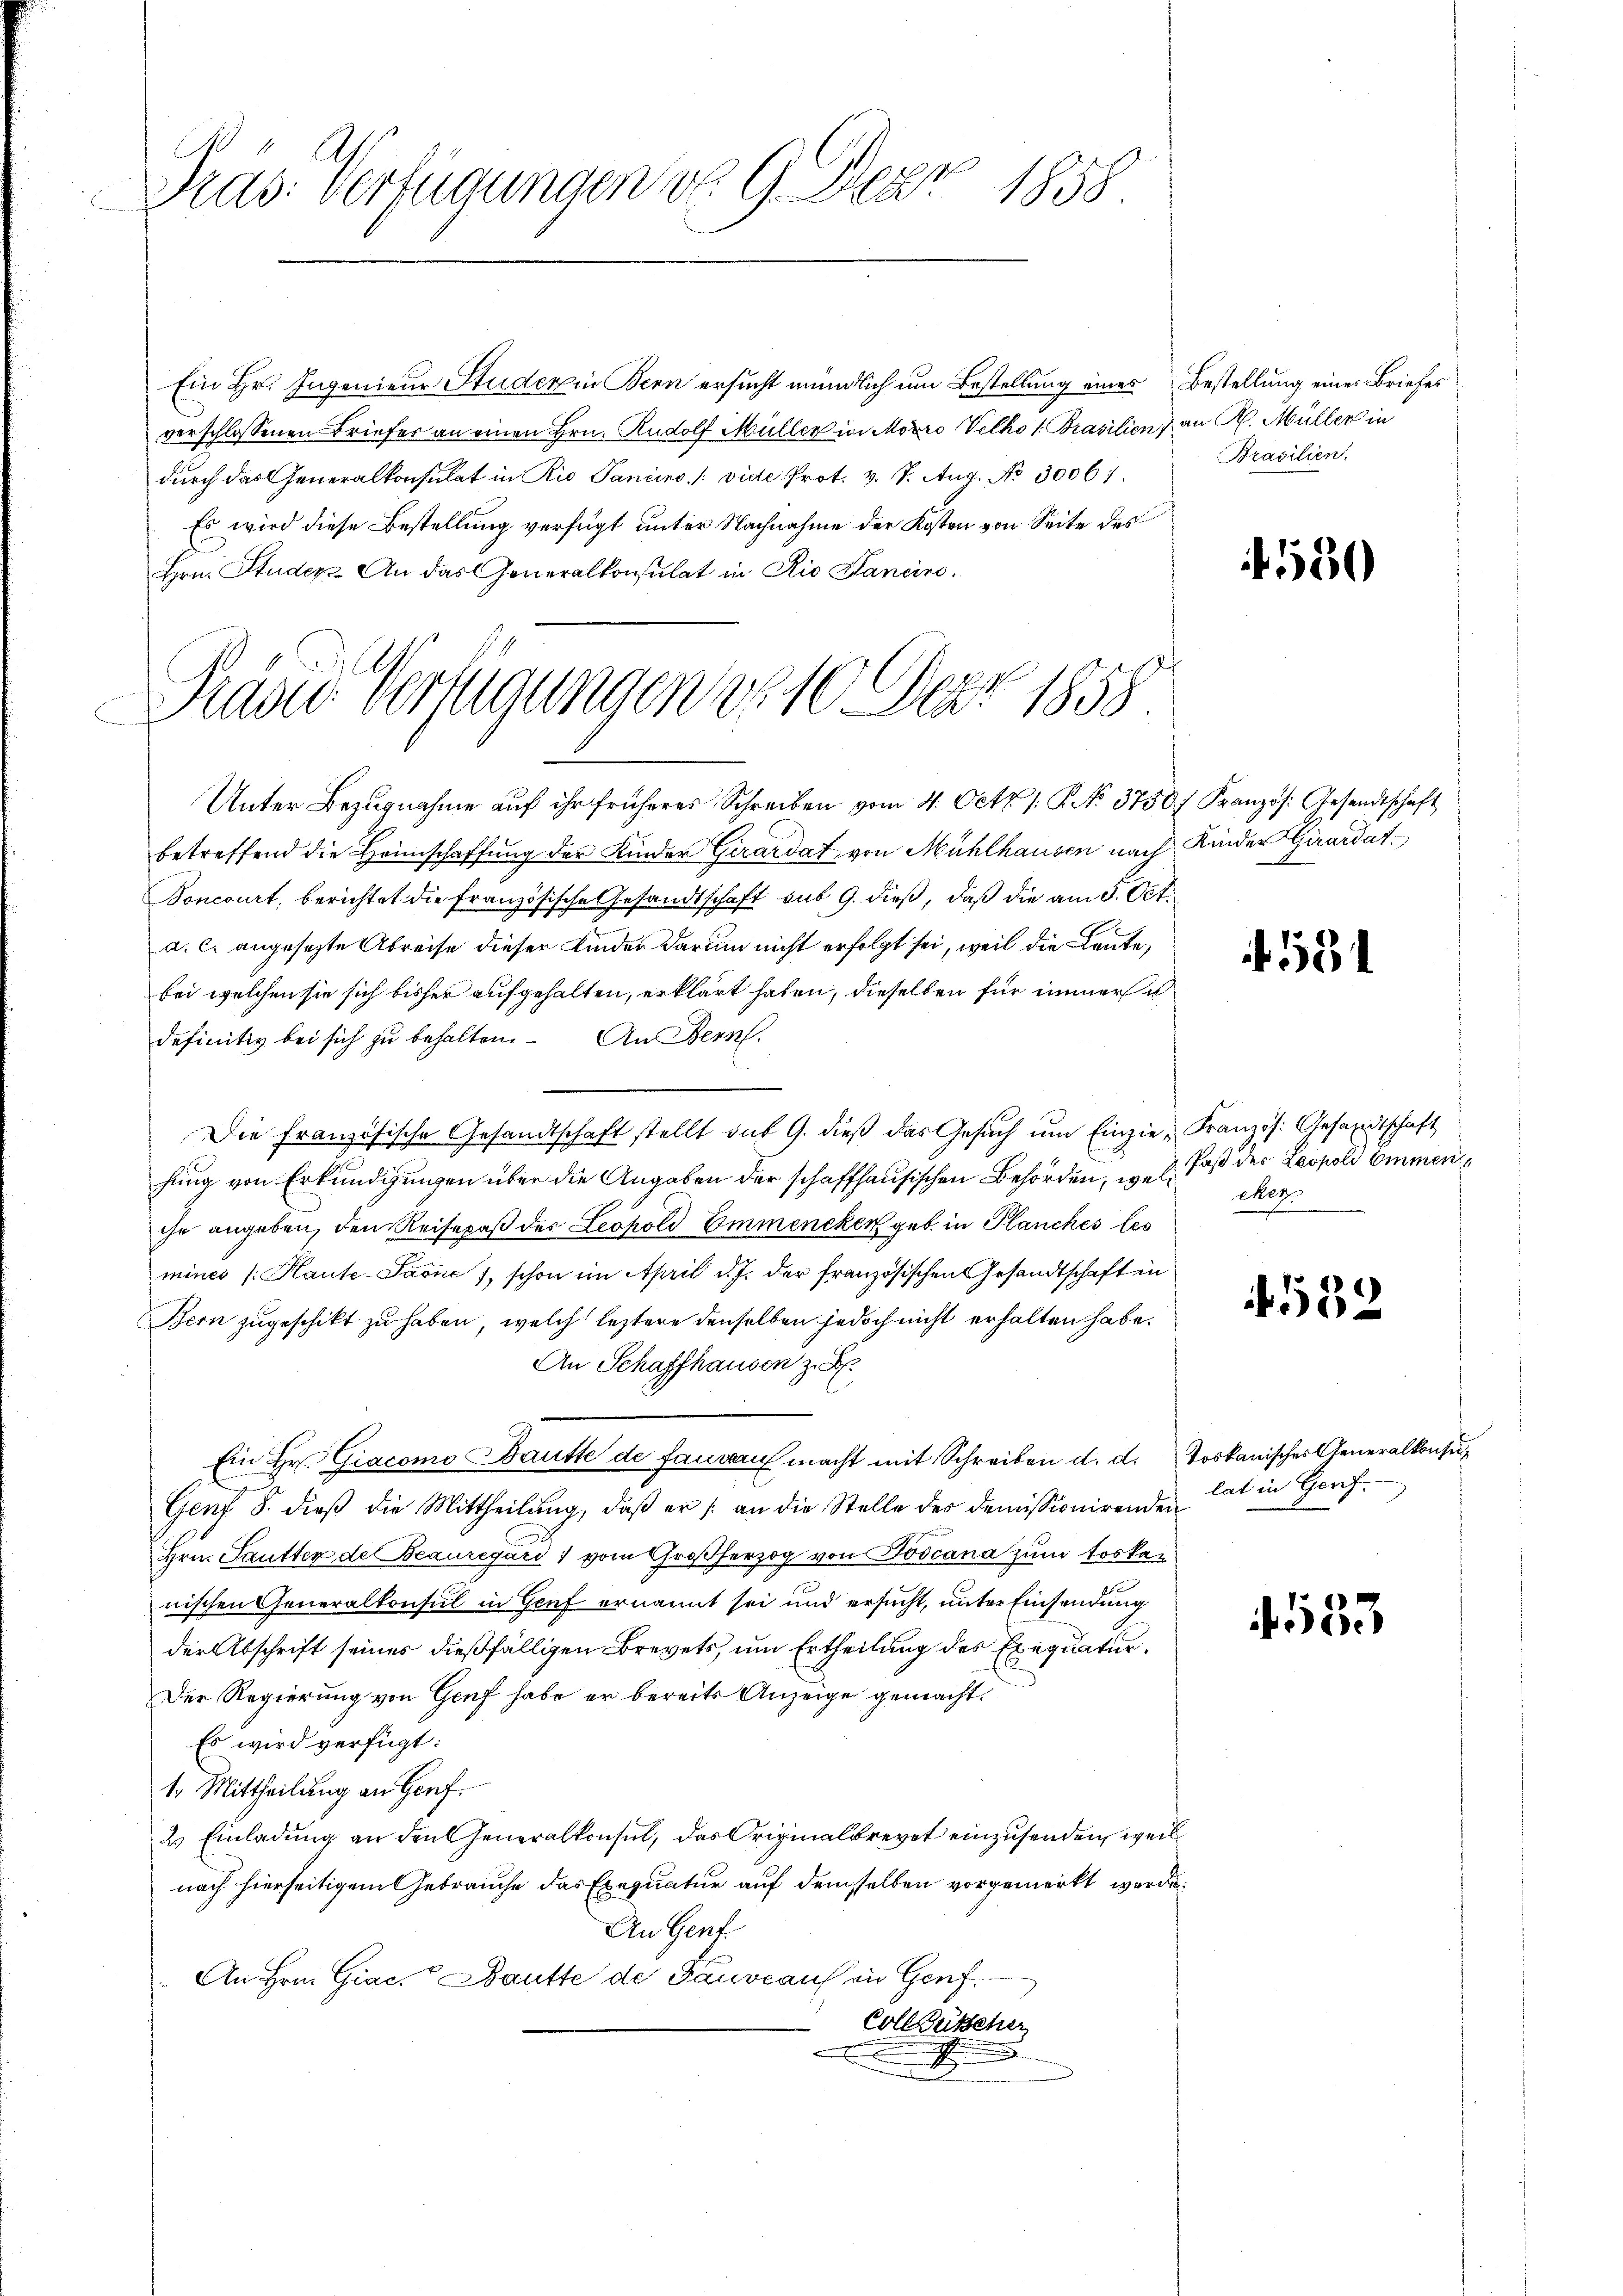
Tras: Verfügungen No. 9. Der 1858.

Präsid Verfügungen d. 10. Der 1858
e

Ein Hr. Ingenieur Studer in Bern ersucht mündlich um Bestellung eines Bestellung einer Briefes
verschlossenen Briefes an einen Hrn. Rudolf Müller in Mooro Velko 1 Brasilien an R. Müller in
durch das Generalkonsulat in Rio Sancino. /: vide Prot. v. 7. Aug. No 30061.
Es wird diese Bestellung verfügt unter Nachnahme der Kosten von Seite des
Hrn. Studer. An das Generalkonsulat in Rio Hanciro¬

Brasilien.

Unter Bezŭgnahme aŭf ihr früheres Schreiben vom 4. Octb. 1. P. No. 3750 f. Französ. Gesandtschaft
betreffend die Heimschaffung der Kinder Girardat von Mühlhausen nach Kinder Girardat
Voncourt, berichtet die französische Gesandtschaft aus 9. dieß, daß die am 3. Oct.
a. c. angesezte Abreise dieser Kinder darum nicht erfolgt sei, weil die Leute,
bei welchen sie sich bisher aufgehalten, erklärt haben, dieselben für immer u
definitiv bei sich zu behalten. An Bern.
Die Französische Gesandtschaft stellt sub 9. dieß das Gesuch um Einzie, Französ. Gesandtschaft
hung von Erkundigungen über die Angaben der schaffhausischen Behörden, wo daß der Leopold Emmen
ihe angeben, den Reisepaß des Leopold Emmencken geb. in Planches les
minci /:Kaute-Saone, schon im April d. J. der französischen Gesandtschaft in
Bern zugeschikt zu haben, welch leztere denselben jedoch nicht erhalten habe.
An Schaffhausen z. B.
Ein Hr. Giacomo Dautte de fandau macht mit Schreiben d. d. toskanischer Generalkonsu¬
.
Genf 8. dieß die Mittheilŭng, daβ er /: an die Stelle des demissionirenden
Hrn. Pautter de Beauregard vom Großherzog von Poscana zum Torker
nischen Generalkonsul in Genf ernannt sei und ersucht, unter Einsendung
der Abschrift seines dießfälligen Brevets, um Ertheilung des Exequatur¬
Der Regierung von Genf habe er bereits Anzeige gemacht.
Es wird verfügt:
t. Mittheilung an Genf.
2. Einladŭng an den Generalkonsul, das Originalbrevet einzusenden, weil
nach hierseitigem Gebrauche das Exequatur auf demselben vorgemerkt werde.
An Genf.
An Hrn. Giac. Bautte de Tauveau in Genf
Coll zusteher
t

550

554

Met

1532

lat in Genf.

533